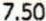
7.50